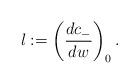
LaTeX: \begin{align*} l:=\left(\frac{dc_-}{dw}\right)_0.\end{align*}